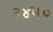
૩૪૫૦